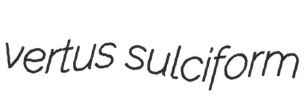
vertus sulciform